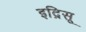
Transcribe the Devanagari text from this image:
इद्रिसू